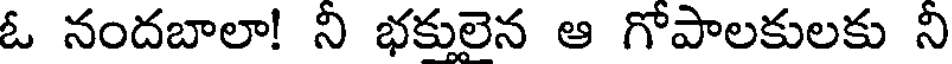
ఓ నందబాలా! ని భకులెన ఆ గోపాలకులకు ని